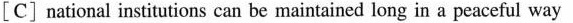
[C] national institutions can be maintained long in a peaceful way